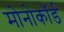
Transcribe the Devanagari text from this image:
मोनोकॉर्ड